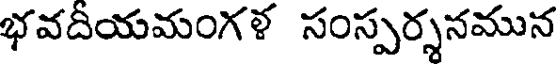
భవదియమంగళ సంస్పర్శనమున